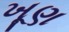
ખૂણ